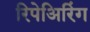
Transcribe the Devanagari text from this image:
रिपेअिरिंग